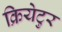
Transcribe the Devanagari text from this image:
क्रियेटुर